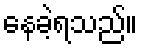
နေခဲ့ရသည်။